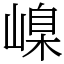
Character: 嵲